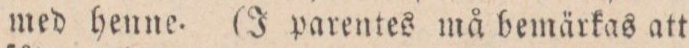
med henne. (J parentes må bemärkas att